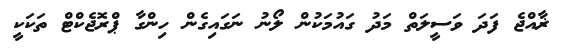
ޜާއްޖެ ފަދަ ވަސީލަތް މަދު ގައުމަކުން ލޯނު ނަގައިގެން ހިންގާ ޕްރޮޖެކްޓް ތަކަކީ